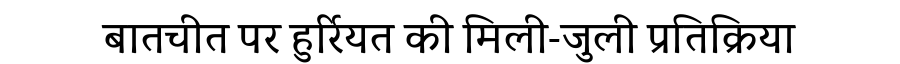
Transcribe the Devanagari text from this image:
बातचीत पर हुर्रियत की मिली-जुली प्रतिक्रिया